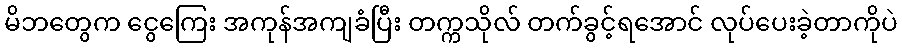
မိဘတွေက ငွေကြေး အကုန်အကျခံပြီး တက္ကသိုလ် တက်ခွင့်ရအောင် လုပ်ပေးခဲ့တာကိုပဲ